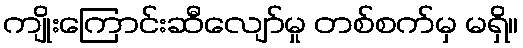
ကျိုးကြောင်းဆီလျော်မှု တစ်စက်မှ မရှိ။